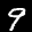
Label: 9